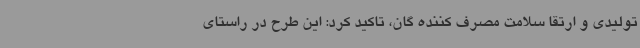
تولیدی و ارتقا سلامت مصرف کننده گان، تاکید کرد: این طرح در راستای